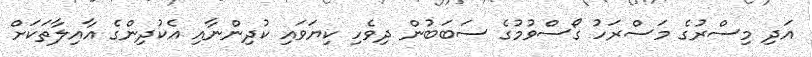
އަދި މިސްރުގެ މަސްރަހު ގޯސްވުމުގެ ސަބަބުން ދިވެހި ކިޔަވައި ކުދިންނާއި އެކުދިންގެ އާއިލާތަކަށް